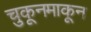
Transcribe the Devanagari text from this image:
चुकूनमाकून